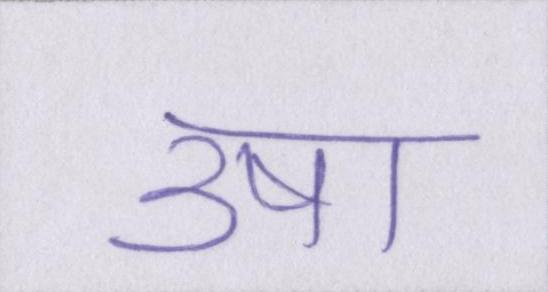
उषा